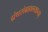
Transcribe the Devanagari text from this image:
ग्रंथसंग्रहालयाच्या़